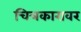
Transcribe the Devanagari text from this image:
चित्रकारावर